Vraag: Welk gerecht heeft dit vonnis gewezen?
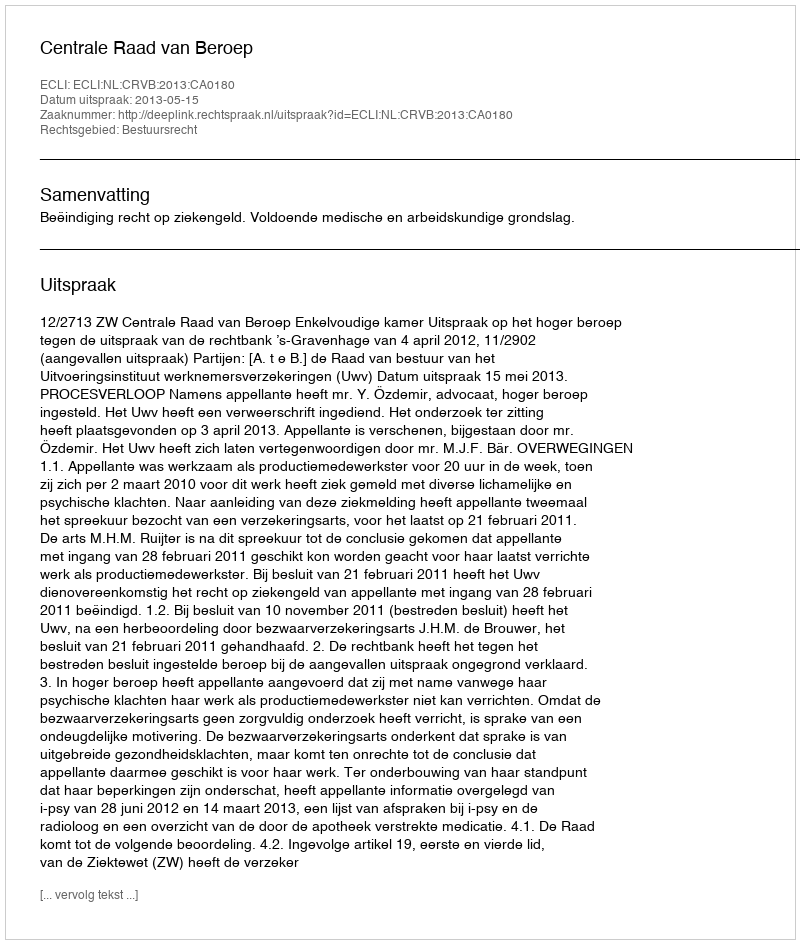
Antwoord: Centrale Raad van Beroep